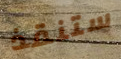
ستنقذ